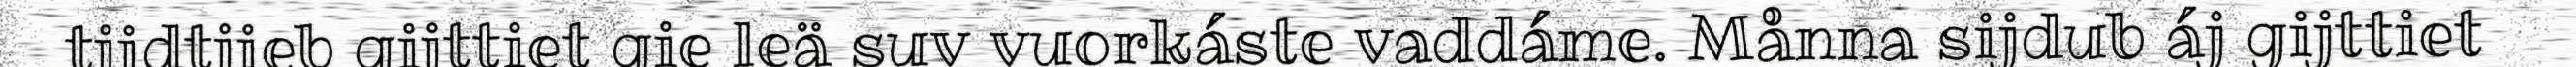
tjidtjieb gijttiet gie leä suv vuorkáste vaddáme. Månna sijdub áj gijttiet